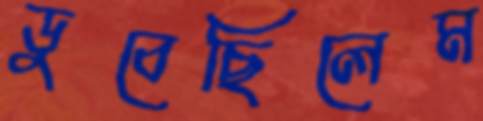
ডুবেছিলেম